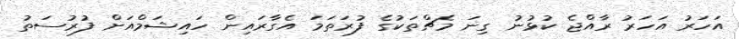
އަހަރު އަހަރު ރާއްޖެ ކުޅުނު ގިނަ މެޗްތަކުގެ ފުރަތަމަ އެގާރައިން ހައިޝަމްއަށް ފުރުސަތު